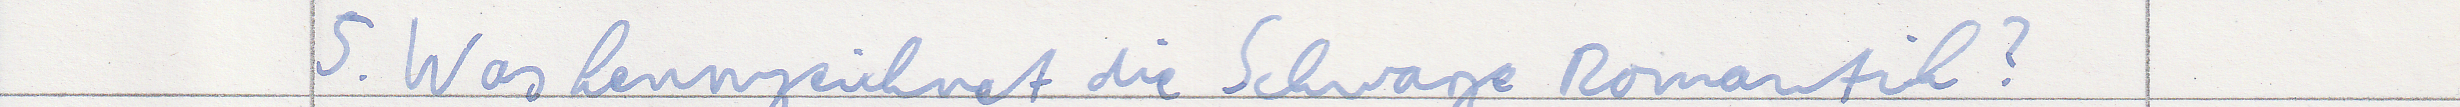
5. Was kennzeichnet die Schwarze Romantik?